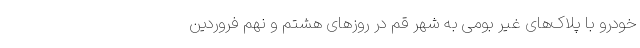
خودرو با پلاک‌های غیر بومی به شهر قم در روزهای هشتم و نهم فروردین